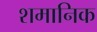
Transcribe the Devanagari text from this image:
शमानिक